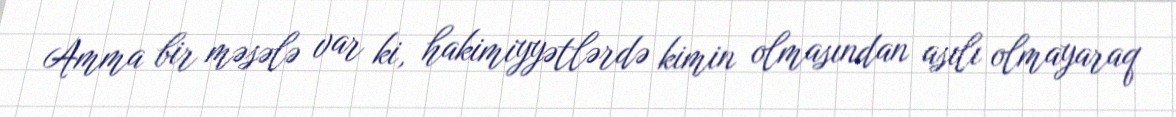
Amma bir məsələ var ki, hakimiyyətlərdə kimin olmasından asılı olmayaraq